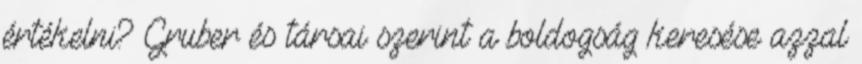
értékelni? Gruber és társai szerint a boldogság keresése azzal